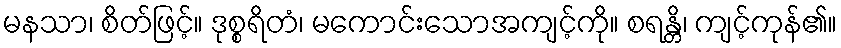
မနသာ၊ စိတ်ဖြင့်။ ဒုစ္စရိတံ၊ မကောင်းသောအကျင့်ကို။ စရန္တိ၊ ကျင့်ကုန်၏။